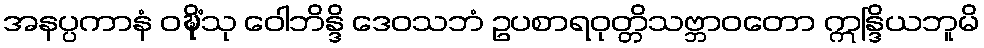
အနပ္ပကာနံ ဝဍ္ဎိံသု ဝေါဘိန္ဒိ ဒေဝသဘံ ဥပစာရဝုတ္တိသဗ္ဘာဝတော ဣန္ဒြိယဘူမိ